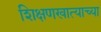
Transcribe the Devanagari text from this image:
शिक्षणखात्याच्या